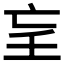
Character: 𡔞